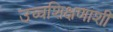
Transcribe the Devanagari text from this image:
उच्चशिक्षणाशी